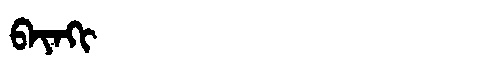
Manchu: ᠪᠠᠶᠠᡴᡳ
Romanization: BAYAKI